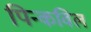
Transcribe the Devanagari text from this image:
पिन्कविल